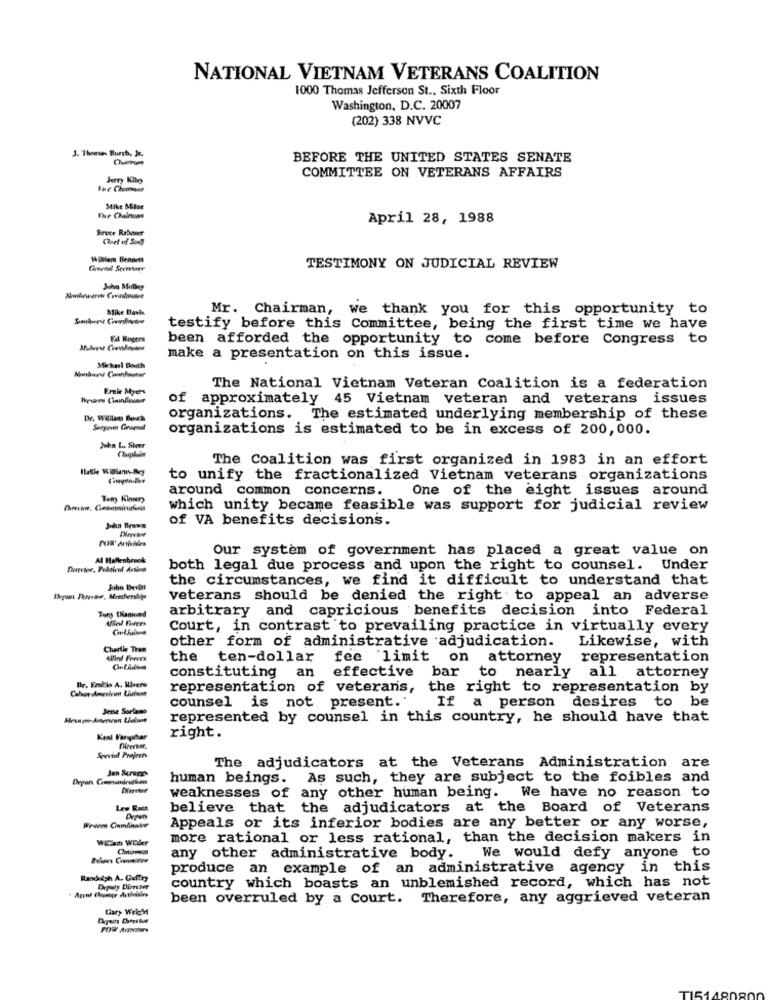
NATIONAL VIETNAM VETERANS COALITION
1000 Thomas Jefferson St ., Sixth Floor
Washington, D.C. 20007
(202) 338 NVVC
J. Theesas Burch, Jr.
BEFORE THE UNITED STATES SENATE
COMMITTEE ON VETERANS AFFAIRS
Jerry Kilo
Mike Mline
The Chainas
April 28, 1988
Bruce Rebaner
Cinet of Su4
Waniem Bennett
TESTIMONY ON JUDICIAL REVIEW
Juha Motley
Mike Davis
Mr. Chairman, we thank you for this opportunity to
testify before this Committee, being the first time we have
Ed Rogers
been afforded the opportunity to come before Congress to
make a presentation on this issue.
Michael Besth
Emake Myes
The National Vietnam Veteran Coalition is a federation
of approximately 45 Vietnam veteran and veterans issues
organizations. The estimated underlying membership of these
organizations is estimated to be in excess of 200,000.
John Les Sheer
The Coalition was first organized in 1983 in an effort
to unify the fractionalized Vietnam veterans organizations
around common concerns.
One of the eight issues around
Teny Kimer
which unity became feasible was support for judicial review
of VA benefits decisions.
Our system of government has placed a great value on
Al Hafenbrack
both legal due process and upon the right to counsel. Under
the circumstances, we find it difficult to understand that
John Devint
veterans should be denied the right to appeal an adverse
Tun Damond
arbitrary and capricious benefits decision into Federal
Court, in contrast to prevailing practice in virtually every
other form of administrative adjudication.
Likewise, with
Charlie Tran
AUnd Freves
the ten-dollar
fee limit on attorney
representation
Dr. Frallo A. Rivera
constituting an effective bar to nearly all attorney
Cabun-Amcrivm Uluison
representation of veterans, the right to representation by
counsel is not present.'
If a person desires to be
Jetse Soriano
represented by counsel in this country, he should have that
Kent Vanguhar
right.
Jen Soruce's
The adjudicators at the Veterans Administration are
human beings. As such, they are subject to the foibles and
weaknesses of any other human being. We have no reason to
Les Rues
believe that the adjudicators at the Board of Veterans
Appeals or its inferior bodies are any better or any worse,
WEaan Wider
more rational or less rational, than the decision makers in
any other administrative body.
We would defy anyone to
produce an example of an administrative agency in this
Randeigh A. Guffey
Chepaty Dimier
country which boasts an unblemished record, which has not
been overruled by a Court. Therefore, any aggrieved veteran
Cary WrigM